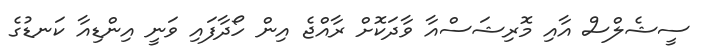
ސީޝެލްސް އާއި މޮރިޝަސްއާ ވާދަކޮށް ރާއްޖެ އިން ހޯދާފައި ވަނީ އިންޑިއާ ކަނޑުގެ